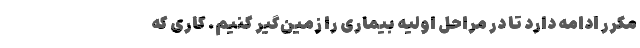
مکرر ادامه دارد تا در مراحل اولیه بیماری را زمین‌گیر کنیم. کاری که